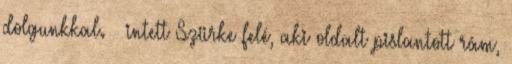
dolgunkkal. – intett Szürke felé, aki oldalt pislantott rám,